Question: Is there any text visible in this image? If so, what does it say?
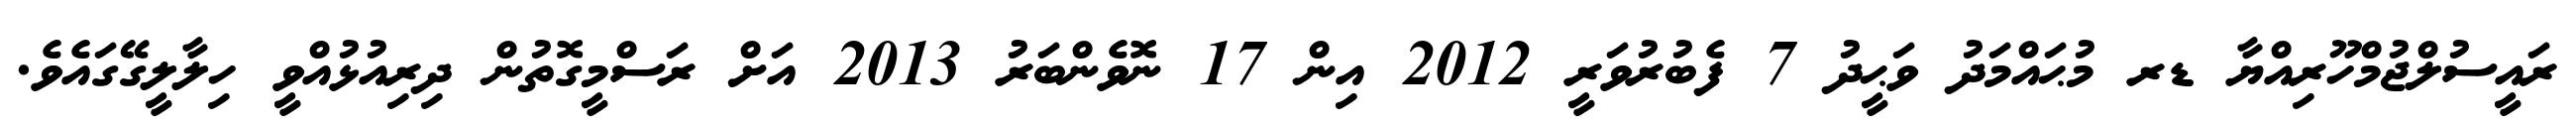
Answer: ރައީސުލްޖުމްހޫރިއްޔާ ޑރ މުޙައްމަދު ވަޙީދު 7 ފެބުރުވަރީ 2012 އިން 17 ނޮވެންބަރު 2013 އަށް ރަސްމީގޮތުން ދިރިއުޅުއްވީ ހިލާލީގޭގައެވެ.